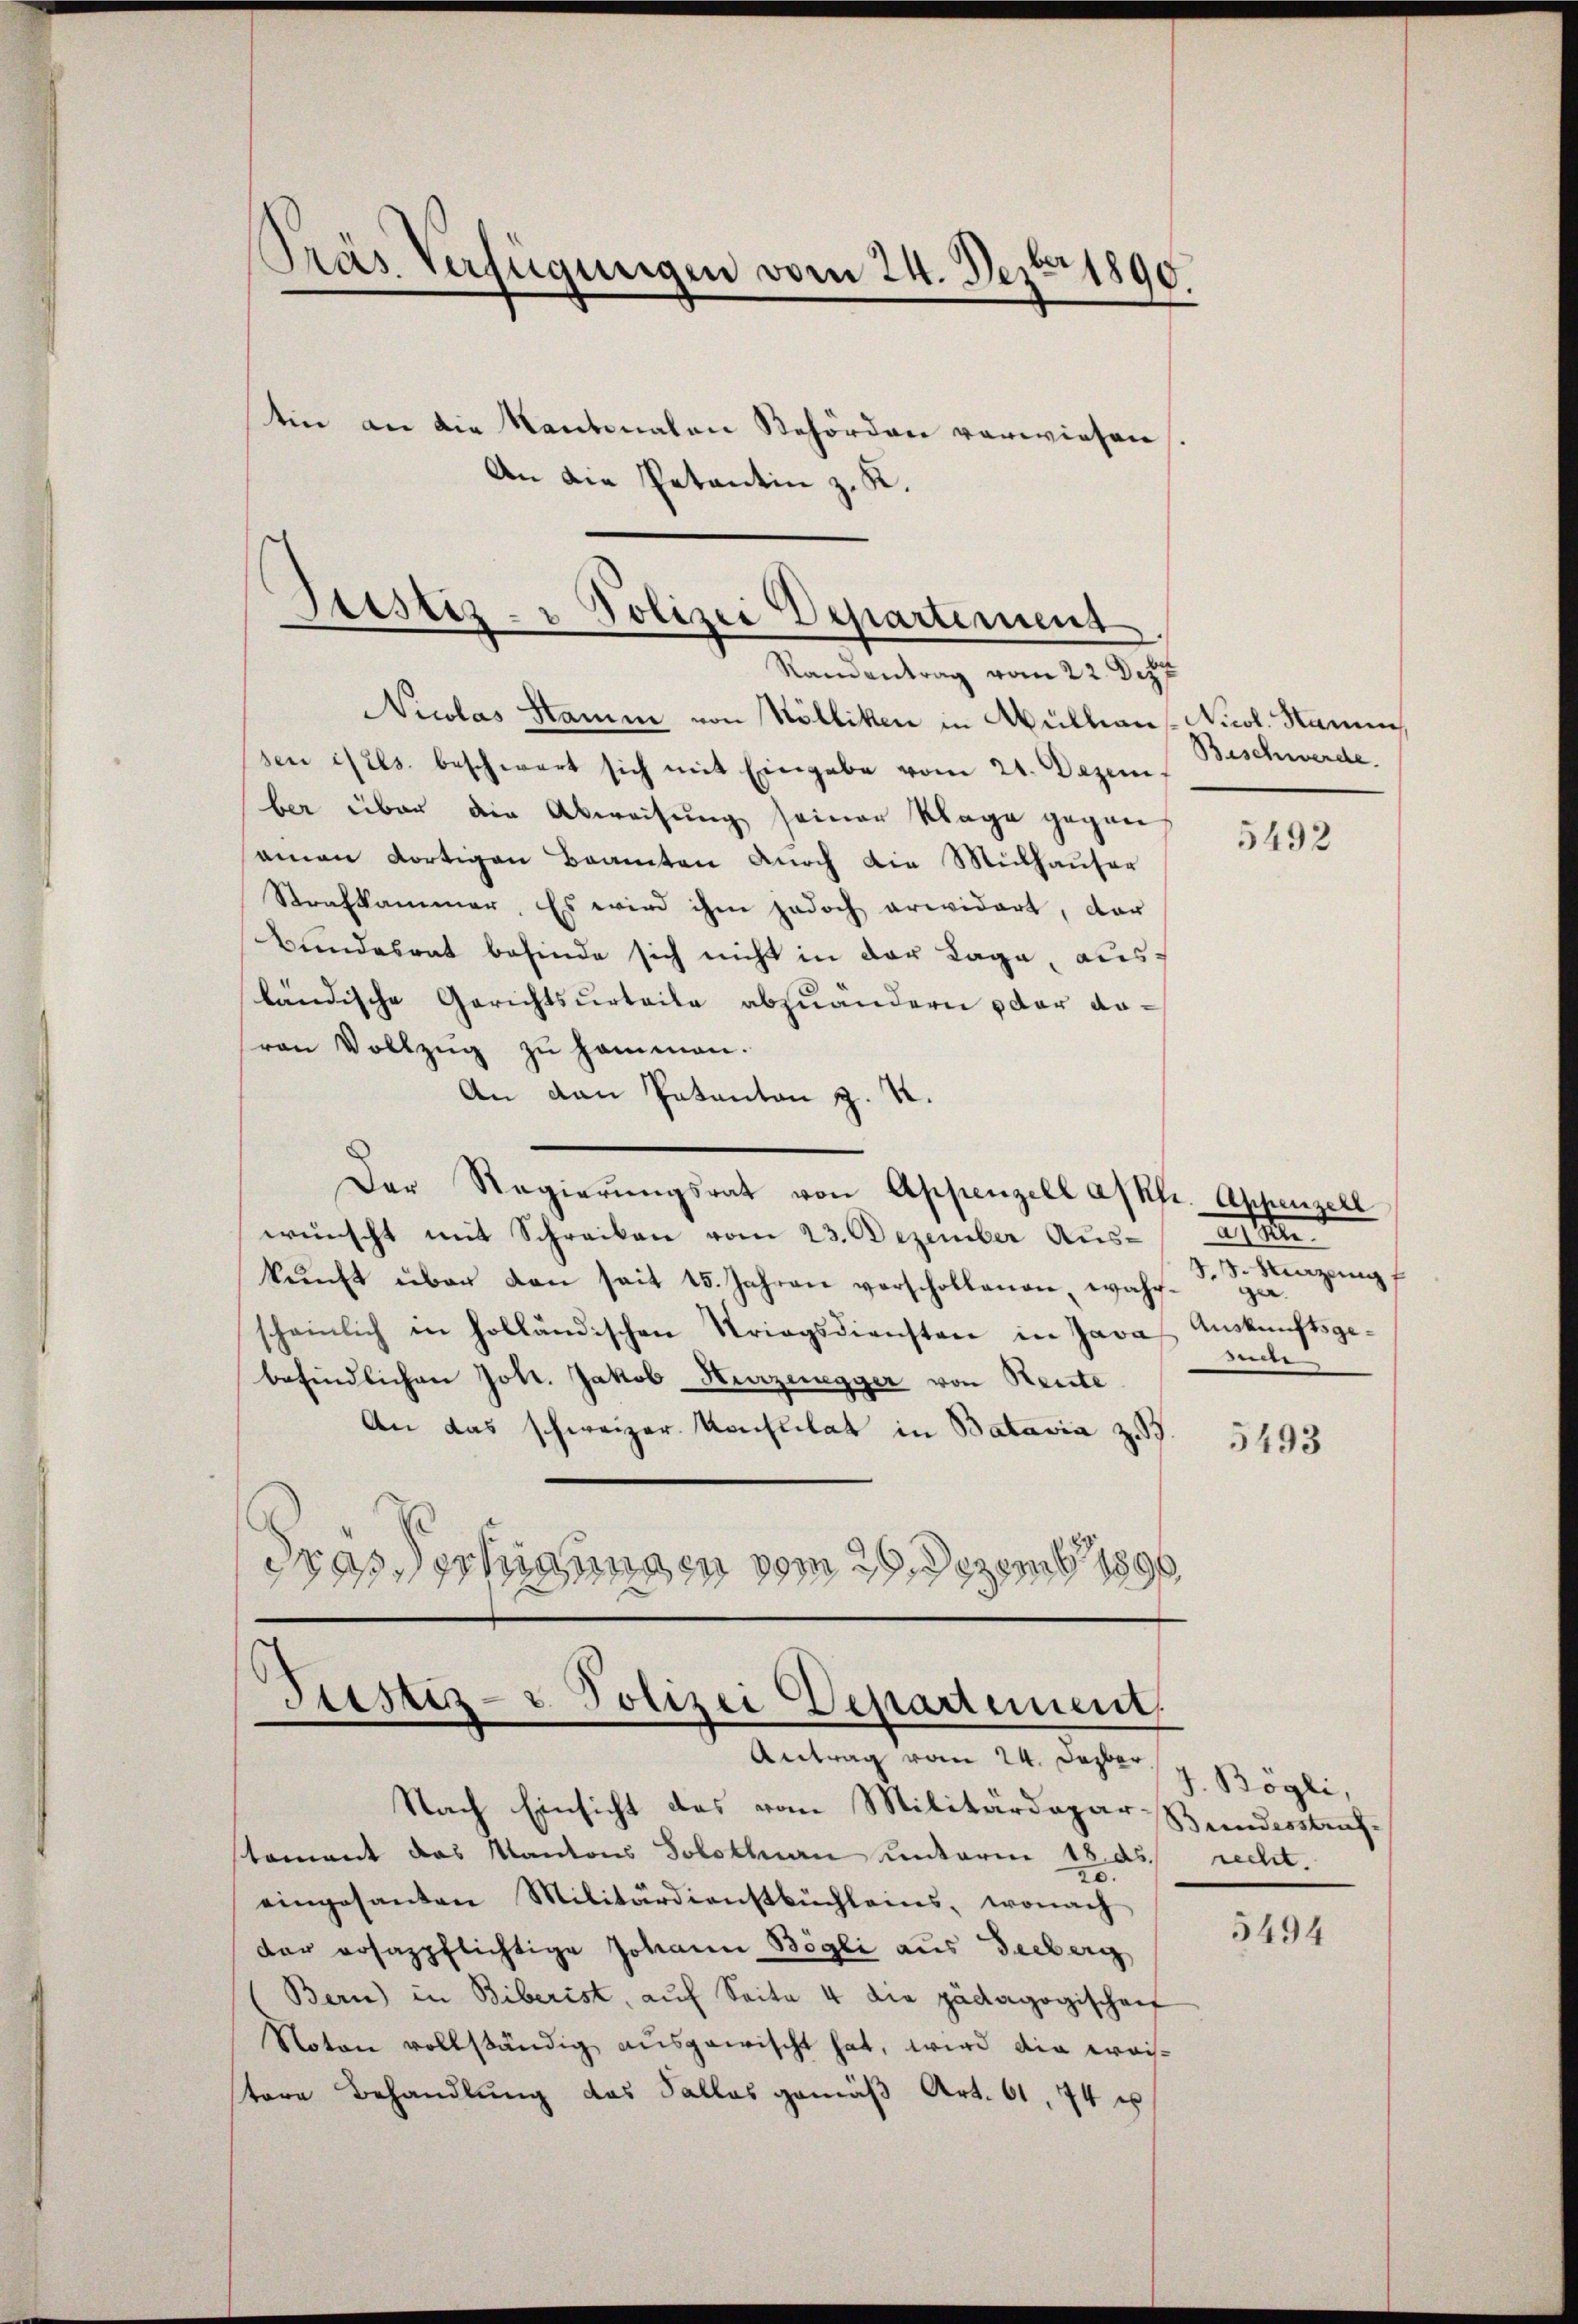
.
Präs. Verfügungen vom 24. Dez. 1890.

Justiz- u Polizei Departement
Ramantrag vom 22. Dez

tin an die Kantonalen Behörden vorwiesen.
An die Petentin z. K.

Nicolas Stamm von Kölliken in Mullians Nicol. Hamm
sen isels. beschwert sich mit Eingabe vom 21. Dezember über die Abweisung seiner Klage gegen
aman dortigen Beamten durch die Mülhauser
Strafkammer. Es wird ihm jedoch erwidert, dar
Bundesrat befinde sich nicht in der Lage, ausländische Gerichtsurteile abzuändern der davon Vollzŭg zŭ hommen.
An den Patanton z. R.
Der Regierŭngsrat von Appenzell afkfr. Appenzell
wünscht mit Schreiben vom 23. Dezember Aus-
kŭnft über dan seit 15. Jahren verschollenen, wahr-
scheinlich in holländischen Kriegsdiensten in Java Auskunftsgebefindlichen Joh. Jakob Kurzenegger von Seite
An das schweizer Konsulat in Batavia z. B.
drassertigungen vom 29. Dezemb. 1890.

Justiz- & Polizei Departement
Antrag vom 24. Dezbr. /. Bögli,

Beschwerde.

Nach Einsicht des vom Militärdepar Bundesstrafstament das Kantons Solothurn unterm 18. ds recht.
eingesanten Militärdienstbuchleins, wonach
der rosazpflichtige Johann Bögli aus Seeberg
Bern) in Biberist, auf Seite 4 die pädagogischen
Noten vollständig ausgewischt hat, wird die weitere Behandlung das Sallas gemäß Art. 61, 74 u

5492

2. 3. Mazung f
ger.
sede

5493

5494